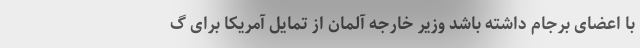
با اعضای برجام داشته باشد وزیر خارجه آلمان از تمایل آمریکا برای گ